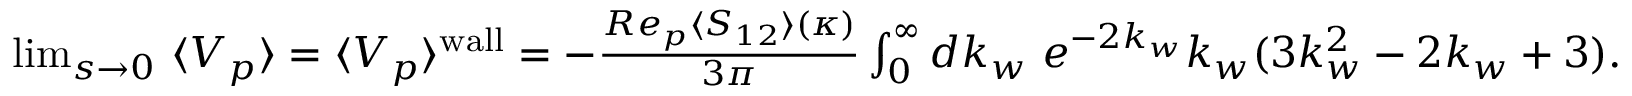
\begin{array} { r } { \operatorname* { l i m } _ { s \to 0 } \, \, \langle V _ { p } \rangle = \langle V _ { p } \rangle ^ { \mathrm { w a l l } } = - \frac { R e _ { p } \langle S _ { 1 2 } \rangle ( \kappa ) } { 3 \pi } \int _ { 0 } ^ { \infty } d k _ { w } \, \, e ^ { - 2 k _ { w } } k _ { w } ( 3 k _ { w } ^ { 2 } - 2 k _ { w } + 3 ) . } \end{array}